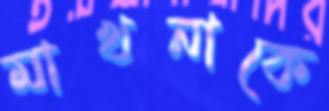
মাখনাকে